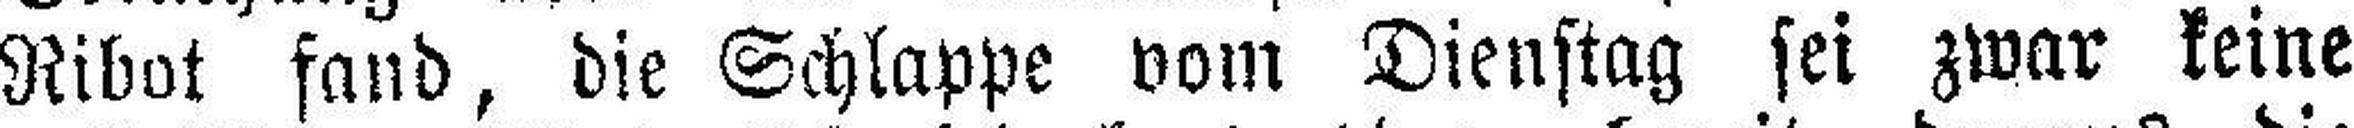
Ribot fand, die Schlappe vom Dienstag sei zwar keine